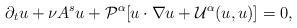
LaTeX: \begin{align*}\partial_t u +\nu A^s u + \mathcal{P}^\alpha [u\cdot\nabla u +\mathcal{U}^\alpha(u,u)] = 0,\end{align*}